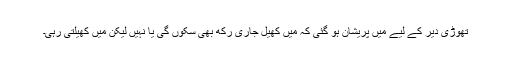
تھوڑی دیر کے لیے میں پریشان ہو گئی کہ میں کھیل جاری رکھ بھی سکوں گی یا نہیں لیکن میں کھیلتی رہی۔